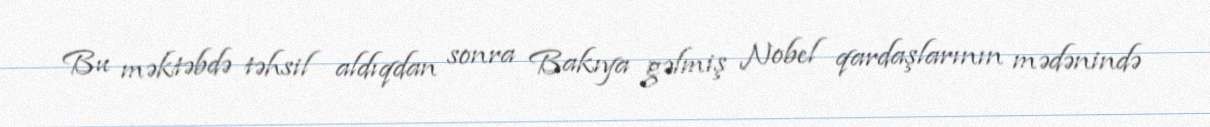
Bu məktəbdə təhsil aldıqdan sonra Bakıya gəlmiş Nobel qardaşlarının mədənində